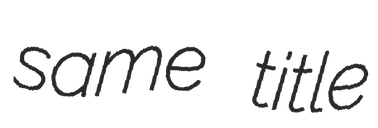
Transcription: same title